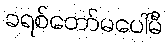
ခရစ်တော်မပေါ်မီ